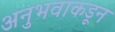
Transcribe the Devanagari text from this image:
अनुभवाकडून